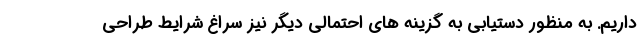
داریم. به منظور دستیابی به گزینه های احتمالی دیگر نیز سراغ شرایط طراحی